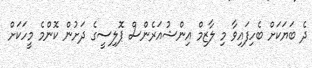
ދެ ބަޔަކަށް ބެހިފައިވާ މި ލާޒިމް އިންޝުއަރެންސް ޕޮލިސީގެ ދަށުން ކޮންމެ މީހަކަށް